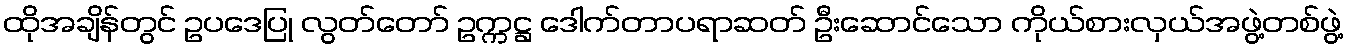
ထိုအချိန်တွင် ဥပဒေပြု လွတ်တော် ဥက္ကဋ္ဌ ဒေါက်တာပရာဆတ် ဦးဆောင်သော ကိုယ်စားလှယ်အဖွဲ့တစ်ဖွဲ့